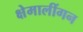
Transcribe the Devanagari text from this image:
क्षेमालींगन